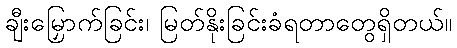
ချီးမြှောက်ခြင်း၊ မြတ်နိုးခြင်းခံရတာတွေရှိတယ်။